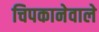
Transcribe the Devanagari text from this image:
चिपकानेवाले